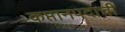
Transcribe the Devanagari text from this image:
कप्तानपदाची